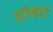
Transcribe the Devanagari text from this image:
यूटीलीटी